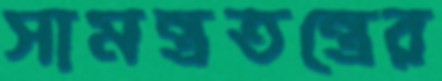
সামন্ত্রতন্ত্রের